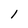
Character: l